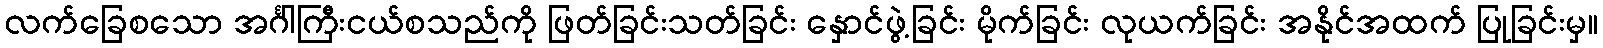
လက်ခြေစသော အင်္ဂါကြီးငယ်စသည်ကို ဖြတ်ခြင်းသတ်ခြင်း နှောင်ဖွဲ့ခြင်း မိုက်ခြင်း လုယက်ခြင်း အနိုင်အထက် ပြုခြင်းမှ။